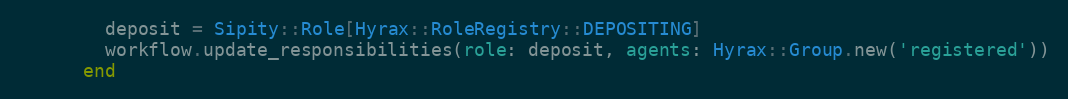
Language: Ruby
        deposit = Sipity::Role[Hyrax::RoleRegistry::DEPOSITING]
        workflow.update_responsibilities(role: deposit, agents: Hyrax::Group.new('registered'))
      end